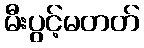
မီးပွင့်မတတ်